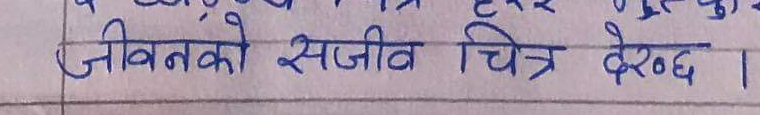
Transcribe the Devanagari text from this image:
जीवनको सजीव चित्र देख्छ ।